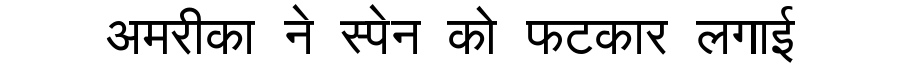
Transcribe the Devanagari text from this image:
अमरीका ने स्पेन को फटकार लगाई